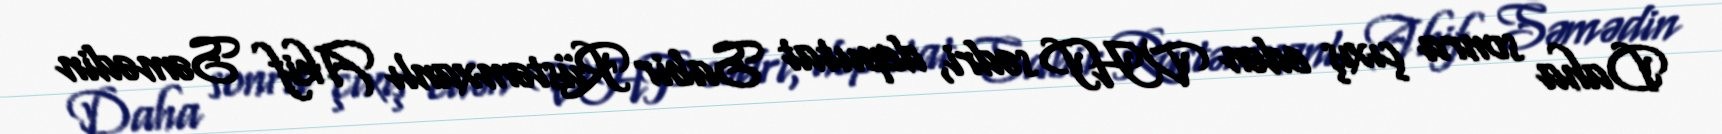
Daha sonra çıxış edən VHP sədri, deputat Sabir Rüstəmxanlı Akif Səmədin